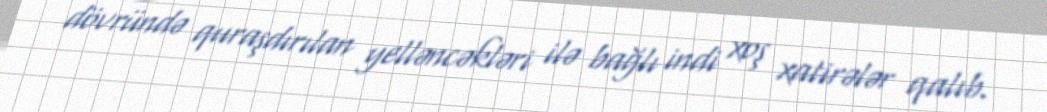
dövründə quraşdırılan yelləncəkləri ilə bağlı indi xoş xatirələr qalıb.